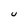
Character: U